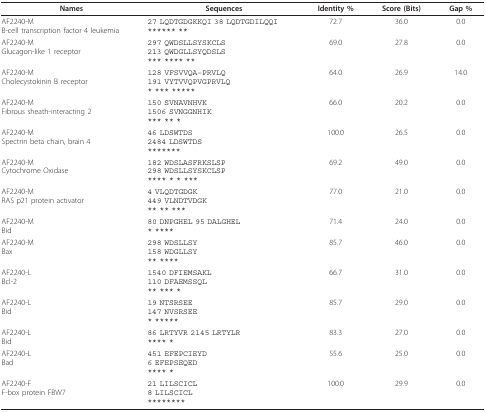
<table><thead><tr><td><b>Names</b></td><td><b>Sequences</b></td><td><b>Identity %</b></td><td><b>Score (Bits)</b></td><td><b>Gap %</b></td></tr></thead><tbody><tr><td>AF2240-MB-cell transcription factor 4 leukemia</td><td>27 LQDTGDGKKQI 38 LQDTGDILQQI****** **</td><td>72.7</td><td>36.0</td><td>0.0</td></tr><tr><td>AF2240-MGlucagon-like 1 receptor</td><td>297 QWDSLLSYSKCLS213 QWDGLLSYQDSLS*** **** **</td><td>69.0</td><td>27.8</td><td>0.0</td></tr><tr><td>AF2240-MCholecystokinin B receptor</td><td>128 VFSVVQA--PRVLQ191 VYTVVQPVGPRVLQ* *** *****</td><td>64.0</td><td>26.9</td><td>14.0</td></tr><tr><td>AF2240-MFibrous sheath-interacting 2</td><td>150 SVNAVNHVK1506 SVNGGNHIK*** ** *</td><td>66.0</td><td>20.2</td><td>0.0</td></tr><tr><td>AF2240-MSpectrin beta chain, brain 4</td><td>46 LDSWTDS2484 LDSWTDS*******</td><td>100.0</td><td>26.5</td><td>0.0</td></tr><tr><td>AF2240-MCytochrome Oxidase</td><td>182 WDSLASFRKSLSP298 WDSLLSYSKCLSP**** * * ***</td><td>69.2</td><td>49.0</td><td>0.0</td></tr><tr><td>AF2240-MRAS p21 protein activator</td><td>4 VLQDTGDGK449 VLNDTVDGK** ** ***</td><td>77.0</td><td>21.0</td><td>0.0</td></tr><tr><td>AF2240-MBid</td><td>80 DNPGHEL 95 DALGHEL* ****</td><td>71.4</td><td>24.0</td><td>0.0</td></tr><tr><td>AF2240-MBax</td><td>298 WDSLLSY158 WDGLLSY** ****</td><td>85.7</td><td>46.0</td><td>0.0</td></tr><tr><td>AF2240-LBcl-2</td><td>1540 DFIEMSAKL110 DFAEMSSQL** *** *</td><td>66.7</td><td>31.0</td><td>0.0</td></tr><tr><td>AF2240-LBid</td><td>19 NTSRSEE147 NVSRSEE* *****</td><td>85.7</td><td>29.0</td><td>0.0</td></tr><tr><td>AF2240-LBid</td><td>86 LRTYVR 2145 LRTYLR**** *</td><td>83.3</td><td>27.0</td><td>0.0</td></tr><tr><td>AF2240-LBad</td><td>451 EFEPCIEYD6 EFEPSEQED**** *</td><td>55.6</td><td>25.0</td><td>0.0</td></tr><tr><td>AF2240-FF-box protein FBW7</td><td>21 LILSCICL8 LILSCICL********</td><td>100.0</td><td>29.9</td><td>0.0</td></tr></tbody></table>